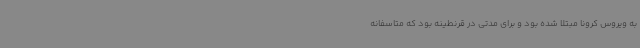
به ویروس کرونا مبتلا شده بود و برای مدتی در قرنطینه بود که متاسفانه